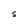
Character: S